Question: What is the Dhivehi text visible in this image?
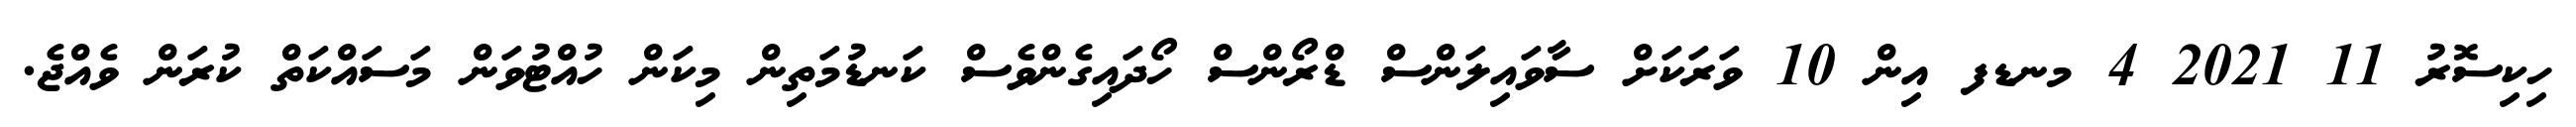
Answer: ހިކިސޮރު 11 2021 4 މނޑފ އިން 10 ވަރަކަށް ސާވައިލަންސް ޑްރޯންސް ހޯދައިގެންވެސް ކަނޑުމަތިން މިކަން ހުއްޓުވަން މަސައްކަތް ކުރަން ވެއްޖެ.